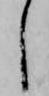
し